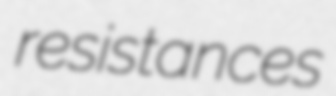
resistances